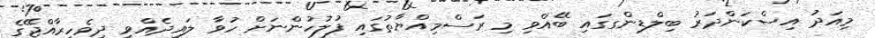
މިއަދު އިސްކަންދަރު ބިލްޑިންގގައި ބޭއްވި މި ރަސްމިއްޔާތުގައި ފުލުހުންނަށް ހުވާ ލައިދެއްވީ ދިވެހިރާއްޖޭގެ